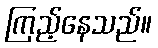
ကြည့်နေသည်။